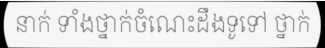
នាក់ ទាំងថ្នាក់ចំណេះដឹងទូទៅ ថ្នាក់